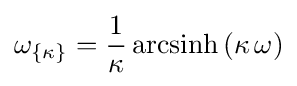
\omega _{\{\kappa \}}={\frac {1}{\kappa }}\,{\rm {arcsinh}}\,(\kappa \,\omega )